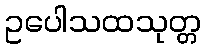
ဥပေါသထသုတ္တ